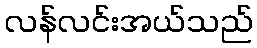
လန်လင်းအယ်သည်